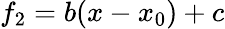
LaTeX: f_{2}=b(x-x_{0})+c